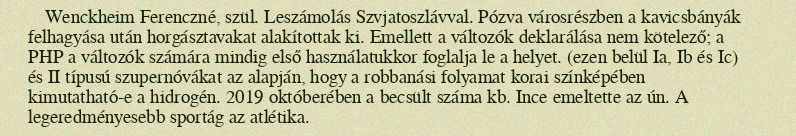
Wenckheim Ferenczné, szül. Leszámolás Szvjatoszlávval. Pózva városrészben a kavicsbányák felhagyása után horgásztavakat alakítottak ki. Emellett a változók deklarálása nem kötelező; a PHP a változók számára mindig első használatukkor foglalja le a helyet. (ezen belül Ia, Ib és Ic) és II típusú szupernóvákat az alapján, hogy a robbanási folyamat korai színképében kimutatható-e a hidrogén. 2019 októberében a becsült száma kb. Ince emeltette az ún. A legeredményesebb sportág az atlétika.